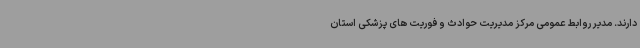
دارند. مدیر روابط عمومی مرکز مدیریت حوادث و فوریت های پزشکی استان